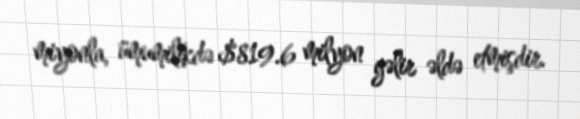
miyonla, ümumilikdə $819.6 milyon gəlir əldə etmişdir.